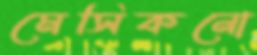
মেসিকনো